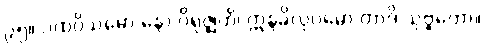
၉၅။ ပထဝိသမော နော ဝိရုဇ္ဈတိ၊ ဣန္ဒခိလုပမော တာဒိ သုဗ္ဗတော။